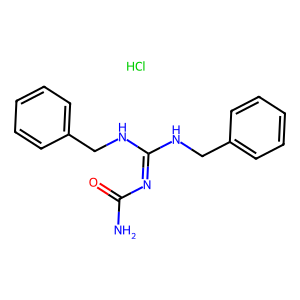
SMILES: Cl.NC(=O)N=C(NCc1ccccc1)NCc1ccccc1
Inhibits HIV replication: No